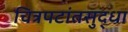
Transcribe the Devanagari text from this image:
चित्रपटांतसुद्धा